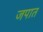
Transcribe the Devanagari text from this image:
जपात